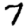
Digit: 7